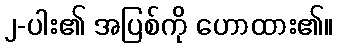
၂-ပါး၏ အပြစ်ကို ဟောထား၏။